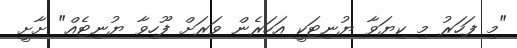
"މި ފަހަރު މި ކިޔަވާ ޔުނިޓަކީ އަހަރެން ވަރަށް ފޫހިވާ ޔުނިޓެއް" ށާށީ